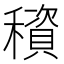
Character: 䆅